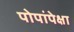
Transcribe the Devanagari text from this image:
पोपांपेक्षा